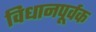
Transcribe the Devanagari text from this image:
विधानपूर्वक